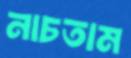
নাচতাম